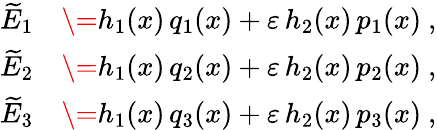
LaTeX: \begin{array}{rl}{\widetilde{E}_{1}}&{\= h_{1}(x)\, q_{1}(x)+\varepsilon\, h_{2}(x)\, p_{1}(x)\ ,}\\ {\widetilde{E}_{2}}&{\= h_{1}(x)\, q_{2}(x)+\varepsilon\, h_{2}(x)\, p_{2}(x)\ ,}\\ {\widetilde{E}_{3}}&{\= h_{1}(x)\, q_{3}(x)+\varepsilon\, h_{2}(x)\, p_{3}(x)\ ,}\end{array}